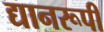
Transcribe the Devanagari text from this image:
द्यानरूपी